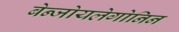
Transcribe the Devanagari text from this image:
बेन्जोयलेगोनिन